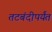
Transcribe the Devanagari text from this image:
तटबंदीपर्यंत